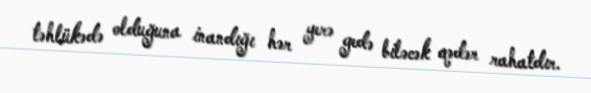
təhlükədə olduğuna inandığı hər yerə gedə biləcək qədər rahatdır.